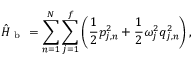
\hat { H } _ { \mathrm { ~ b ~ } } = \sum _ { n = 1 } ^ { N } \sum _ { j = 1 } ^ { f } \left( \frac { 1 } { 2 } p _ { j , n } ^ { 2 } + \frac { 1 } { 2 } \omega _ { j } ^ { 2 } q _ { j , n } ^ { 2 } \right) ,